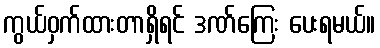
ကွယ်ဝှက်ထားတာရှိရင် ဒဏ်ကြေး ပေးရမယ်။